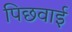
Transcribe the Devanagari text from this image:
पिछवाई